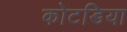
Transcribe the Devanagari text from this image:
कोटडिया